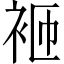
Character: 𬡋